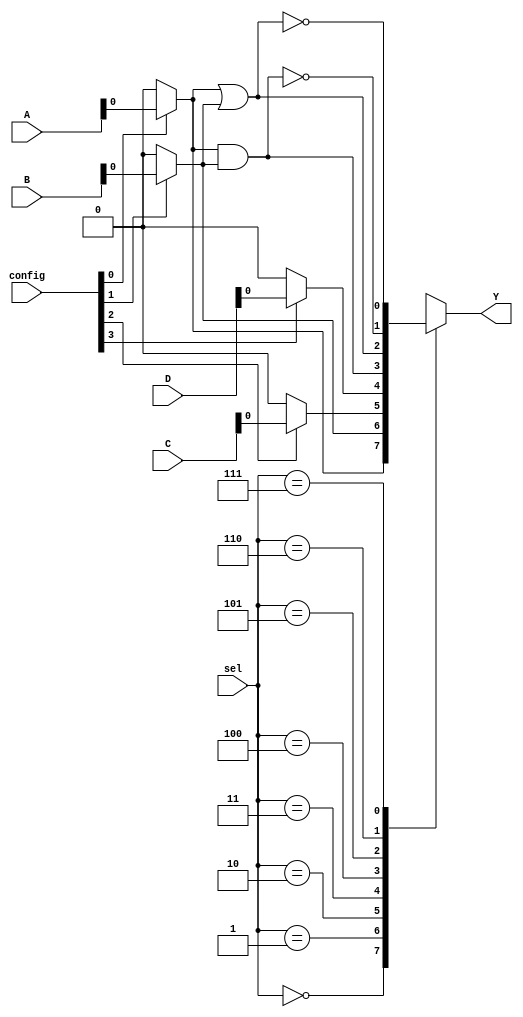
module CLB (
    input wire [3:0] A,          // 4-bit input
    input wire [3:0] B,          // 4-bit input
    input wire [3:0] C,          // 4-bit input
    input wire [3:0] D,          // 4-bit input
    input wire [7:0] config,     // Configuration bits for SRAM cells
    input wire [2:0] sel,         // Selector for MUX
    output wire Y                // Output
);

// Internal wires for MUX outputs
wire [3:0] mux_out;

// MUX implementation to select inputs based on configuration
assign mux_out[0] = (config[0]) ? A[0] : 1'b0;
assign mux_out[1] = (config[1]) ? B[0] : 1'b0;
assign mux_out[2] = (config[2]) ? C[0] : 1'b0;
assign mux_out[3] = (config[3]) ? D[0] : 1'b0;

// Final output logic based on selected inputs
always @(*) begin
    case (sel)
        3'b000: Y = mux_out[0]; // Select A
        3'b001: Y = mux_out[1]; // Select B
        3'b010: Y = mux_out[2]; // Select C
        3'b011: Y = mux_out[3]; // Select D
        3'b100: Y = mux_out[0] & mux_out[1]; // AND
        3'b101: Y = mux_out[0] | mux_out[1]; // OR
        3'b110: Y = ~(mux_out[0] & mux_out[1]); // NAND
        3'b111: Y = ~(mux_out[0] | mux_out[1]); // NOR
        default: Y = 1'b0; // Default case
    endcase
end

endmodule